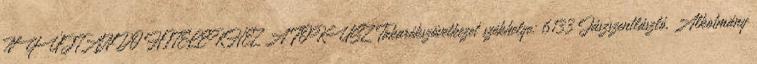
NYÚJTANDÓ HITELEKHEZ A FÓKUSZ Takarékszövetkezet székhelye: 6133 Jászszentlászló, Alkotmány